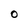
Character: O